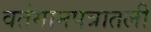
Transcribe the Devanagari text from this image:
वर्तमानपत्रातली